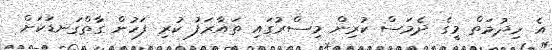
އެ ހިދުމަތް މީގެ ދެމަސް ކުރިން މިސްރުގައި ތައާރަފު ކުރި ފަހުން ގާތްގަނޑަކަށް